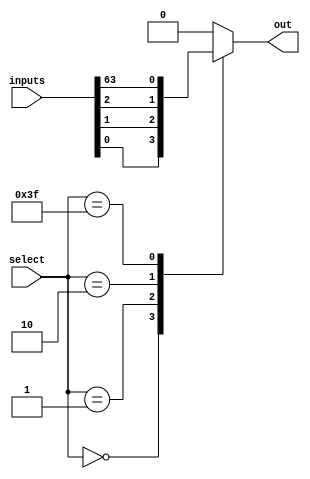
module mux64to1 (
    input [63:0] inputs, // 64 input signals
    input [5:0] select, // 6-bit select signal
    output reg out // output selected signal
);

always @(*) begin
    case (select)
        6'b000000: out = inputs[0];
        6'b000001: out = inputs[1];
        6'b000010: out = inputs[2];
        // continue for all 64 input signals
        6'b111111: out = inputs[63];
        default: out = 0; // default case if select signal does not match any case
    endcase
end

endmodule